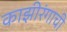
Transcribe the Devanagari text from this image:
काझीरंगाची